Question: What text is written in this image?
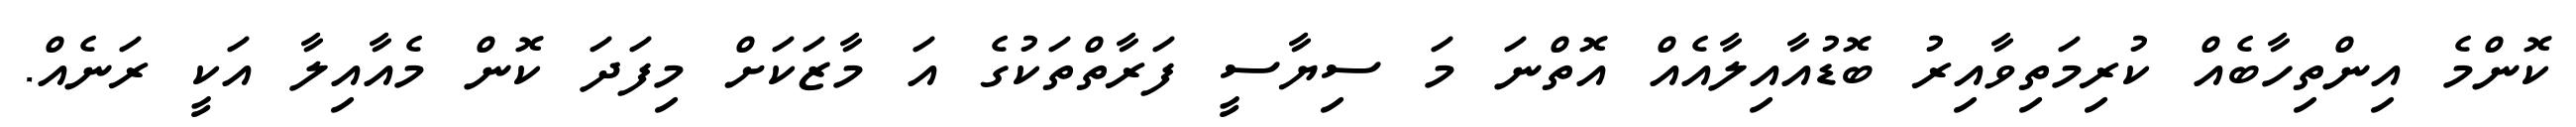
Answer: ކޮންމެ އިންތިހާބެއް ކުރިމަތިވާއިރު ބޮޑުއާއިލާއެއް އޮތްނަ މަ ސިޔާސީ ފަރާތްތަކުގެ އަ މާޒަކަށް މިފަދަ ކޮން މެއާއިލާ އަކީ ރަނެއް.